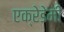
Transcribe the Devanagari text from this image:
एक्रेडेमी